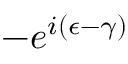
- e ^ { i ( \epsilon - \gamma ) }